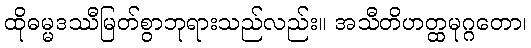
ထိုဓမ္မဒဿီမြတ်စွာဘုရားသည်လည်း။ အသီတိဟတ္ထမုဂ္ဂတော၊